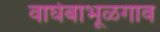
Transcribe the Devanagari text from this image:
वाघेबाभूळगाव